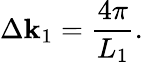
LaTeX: {\Delta}\mathbf{k}_{1}=\frac{{4\pi}}{{L_{1}}}.